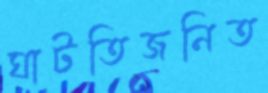
ঘাটতিজনিত